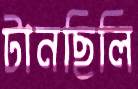
টানছিলি